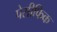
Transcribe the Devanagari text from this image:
पेसीफिक